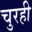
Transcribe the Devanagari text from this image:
चुरही